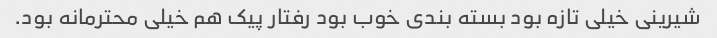
شیرینی خیلی تازه بود بسته بندی خوب بود رفتار پیک هم خیلی محترمانه بود.